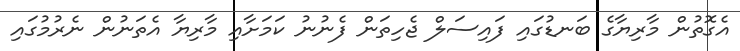
އެގޮތުން މާރިޔާގެ ބަނޑުގައި ފައިސަލް ޖެހިތަން ފެނުނު ކަމަށާއި މާރިޔާ އެތަނުން ނެރުމުގައި